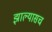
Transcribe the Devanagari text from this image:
झाल्यासच